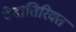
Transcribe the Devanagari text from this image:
वेदातिरिक्त